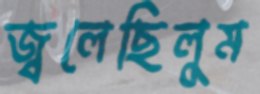
জ্বলেছিলুম